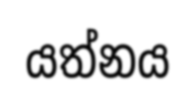
යත්නය